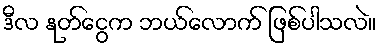
ဒီလ နုတ်ငွေက ဘယ်လောက် ဖြစ်ပါသလဲ။